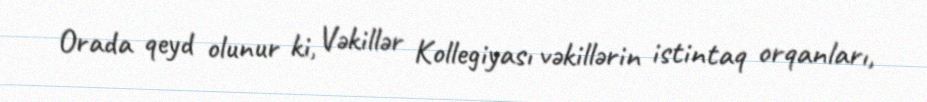
Orada qeyd olunur ki, Vəkillər Kollegiyası vəkillərin istintaq orqanları,